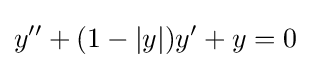
y''+(1-|y|)y'+y=0